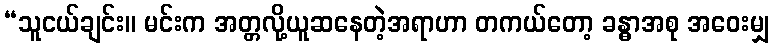
“သူငယ်ချင်း။ မင်းက အတ္တလို့ယူဆနေတဲ့အရာဟာ တကယ်တော့ ခန္ဓာအစု အဝေးမျှ